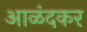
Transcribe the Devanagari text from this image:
आळंदकर